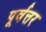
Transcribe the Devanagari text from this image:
पूर्वत्तर